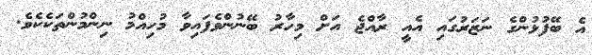
އެ ބޭފުޅުންގެ ނަޒަރުގައި އެއީ ރާއްޖެ އަށް މިހާރު ބޭނުންވެފައިވާ މުހިއްމު ނިންމުންތަކެކެވެ.